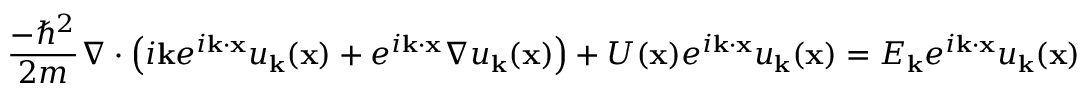
{ \frac { - \hbar ^ { 2 } } { 2 m } } \nabla \cdot \left( i \mathbf { k } e ^ { i \mathbf { k } \cdot \mathbf { x } } u _ { \mathbf { k } } ( \mathbf { x } ) + e ^ { i \mathbf { k } \cdot \mathbf { x } } \nabla u _ { \mathbf { k } } ( \mathbf { x } ) \right) + U ( \mathbf { x } ) e ^ { i \mathbf { k } \cdot \mathbf { x } } u _ { \mathbf { k } } ( \mathbf { x } ) = E _ { \mathbf { k } } e ^ { i \mathbf { k } \cdot \mathbf { x } } u _ { \mathbf { k } } ( \mathbf { x } )